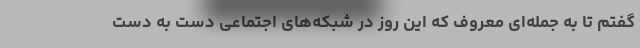
گفتم تا به جمله‌ای معروف که این روز در شبکه‌های اجتماعی دست به دست